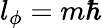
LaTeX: l_{\phi}=m\hbar